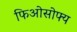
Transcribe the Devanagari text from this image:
फिओसोफ्य